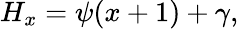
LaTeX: H_{x}=\psi(x+1)+\gamma,